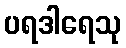
ပရဒါရေသု